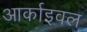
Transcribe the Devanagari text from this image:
आर्काइवल